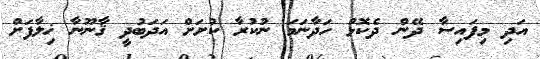
އަދި މިފައިސާ ދޭން ދެކޮޅު ހަދާނަމަ ނުކުރާ ކުށަށް އަދަބުދީ ޤާނޫނާ ޚިލާފަށް